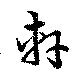
軒